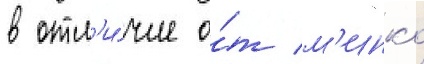
в отл'и́чие о́т м'инко